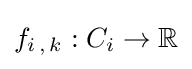
f_{i\,,\,k}:C_{i}\to \mathbb {R}